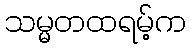
သမ္မတထရမ့်က